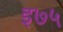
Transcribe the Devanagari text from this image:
इ७५